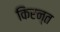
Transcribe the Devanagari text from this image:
किरन्त